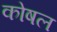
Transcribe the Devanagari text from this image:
कोषल